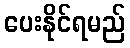
ပေးနိုင်ရမည်